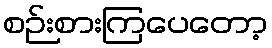
စဉ်းစားကြပေတော့